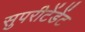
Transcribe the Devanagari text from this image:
सुपरीटेंडेंट